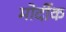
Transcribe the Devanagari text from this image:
मोर्दीक